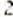
2